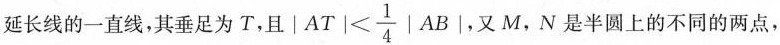
延长线的一直线，其垂足为T，且$$| A T | < \frac { 1 } { 4 } | A B |$$，又M，N是半圆上的不同的两点，